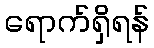
ရောက်ရှိရန်